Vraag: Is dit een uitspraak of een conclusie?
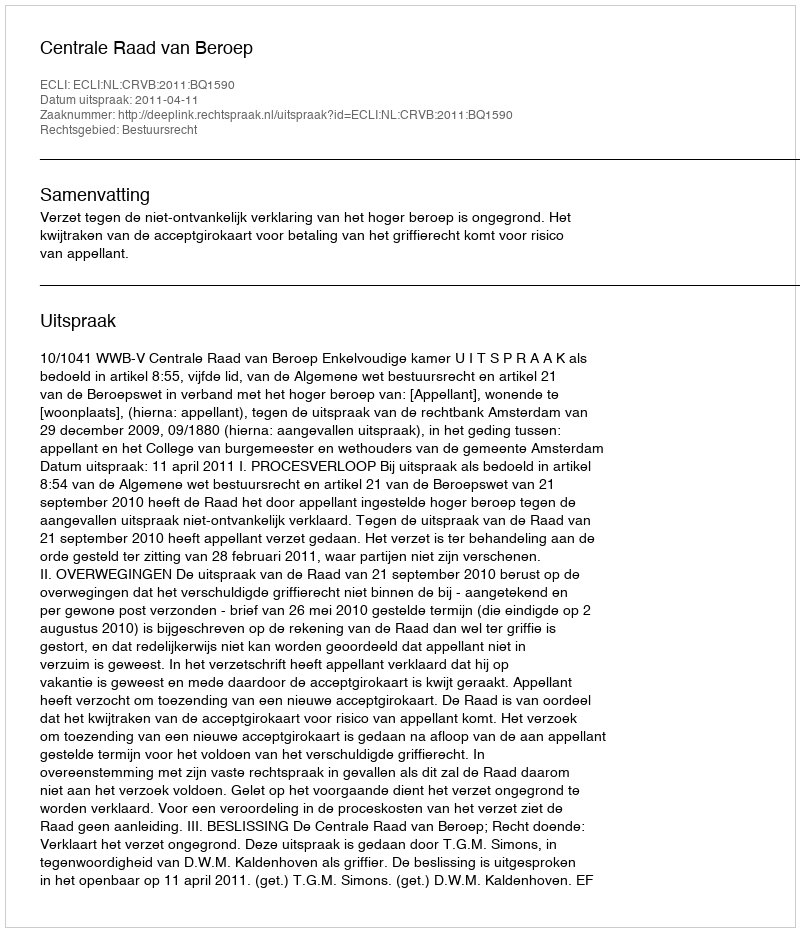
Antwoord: Uitspraak